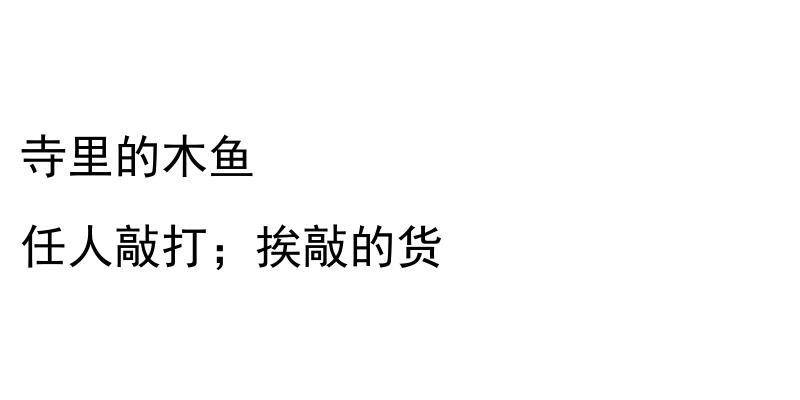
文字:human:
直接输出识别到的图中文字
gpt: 寺里的木鱼 任人敲打；挨敲的货